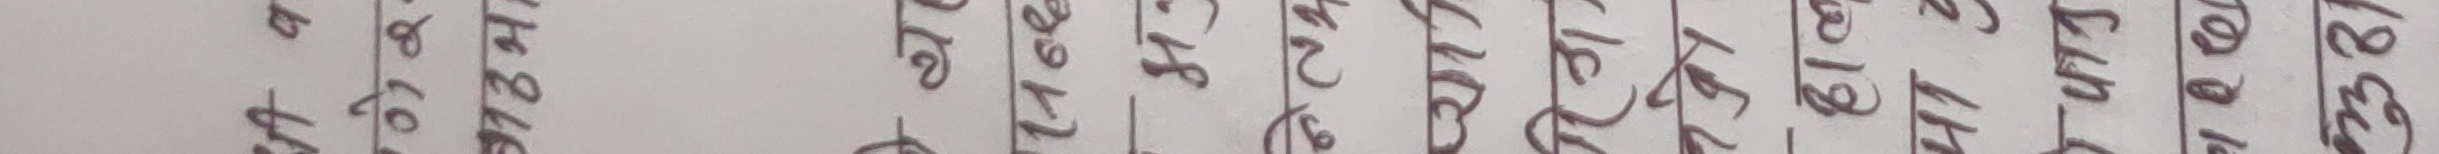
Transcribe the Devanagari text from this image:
१९६८ १७६० ४५० १३५० १२८० १२८० १७३० १७३० १७३४ १७३६ १७३६